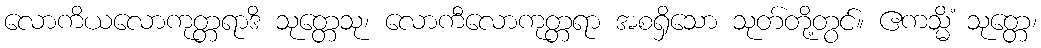
လောကိယလောကုတ္တရာဒိ သုတ္တေသု၊ လောကီလောကုတ္တရာ အစရှိသော သုတ်တို့တွင်။ ဧကသ္မိံ သုတ္တေ၊